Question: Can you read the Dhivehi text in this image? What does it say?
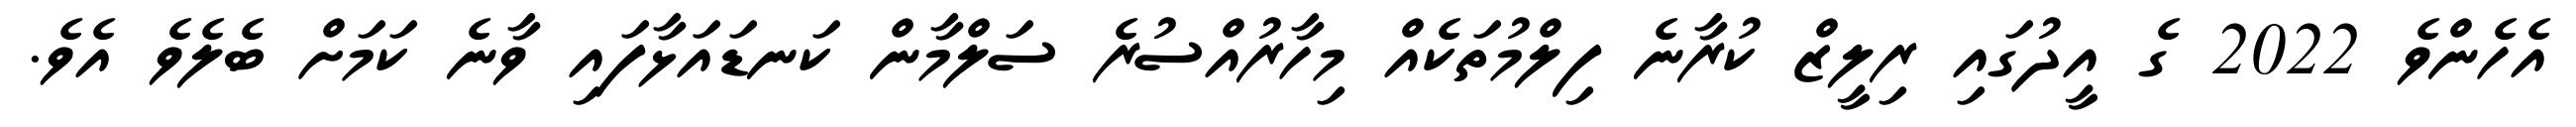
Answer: އެހެންވެ 2022 ގެ އީދުގައި ރިލީޒް ކުރާނެ ފިލްމުތަކެއް މިހާރުއްސުރެ ސަލްމާން ކަނޑައަޅާފައި ވާނެ ކަމަށް ބެލެވެ އެވެ.